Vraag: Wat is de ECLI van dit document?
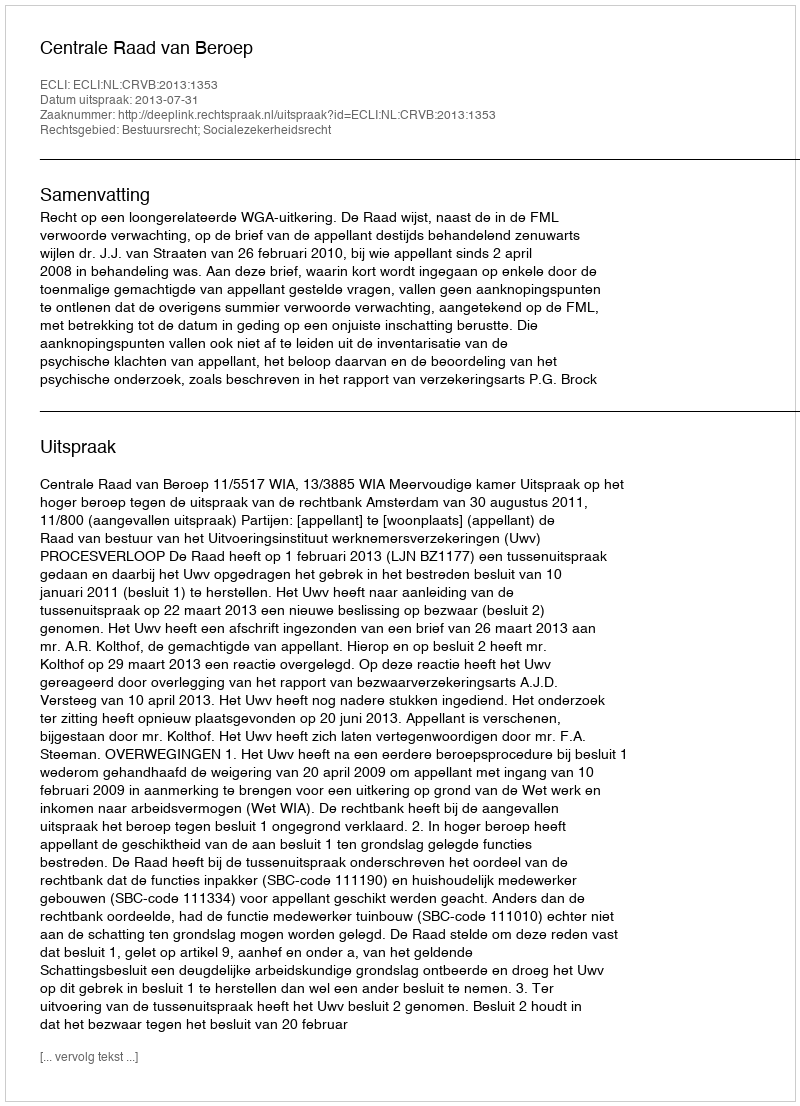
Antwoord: ECLI:NL:CRVB:2013:1353